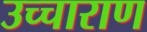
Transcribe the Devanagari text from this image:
उच्चाराण